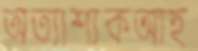
অত্যাশ্যকআহ